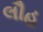
લૌહ